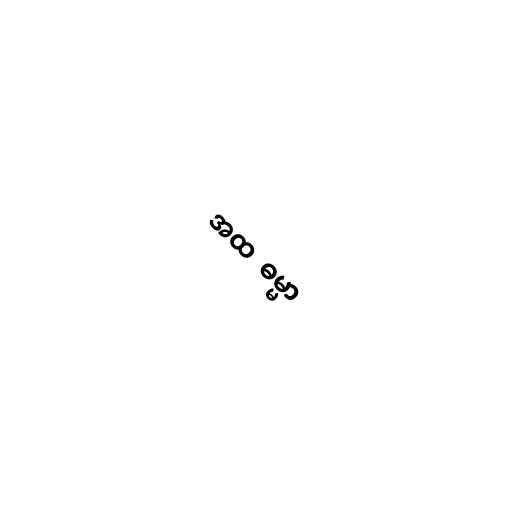
အထ  ဓမ္မာ